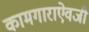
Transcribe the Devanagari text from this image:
कामगाराऐवजी